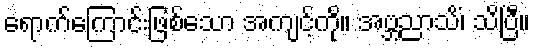
ရောက်ကြောင်းဖြစ်သော အကျင့်ကို။ အဗ္ဘညာသိံ၊ သိပြီ။